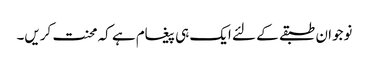
نوجوان طبقے کے لئے ایک ہی پیغام ہے کہ محنت کریں۔